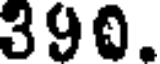
390.